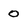
Character: 0